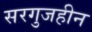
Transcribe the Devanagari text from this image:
सरगुजहीन